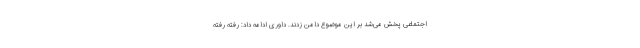
اجتماعی پخش می‌شد بر این موضوع دامن زدند. داوری ادامه داد: رفته رفته